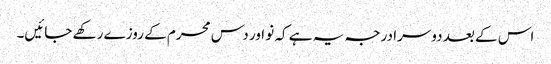
اس کے بعد دوسرا درجہ یہ ہے کہ نو اور دس محرم کے روزے رکھے جائیں۔